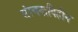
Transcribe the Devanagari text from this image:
संरचनाविहीन